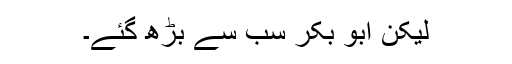
لیکن ابو بکرؓ سب سے بڑھ گئے۔